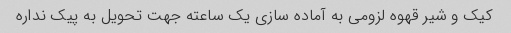
کیک و شیر قهوه لزومی به آماده سازی یک ساعته جهت تحویل به پیک نداره